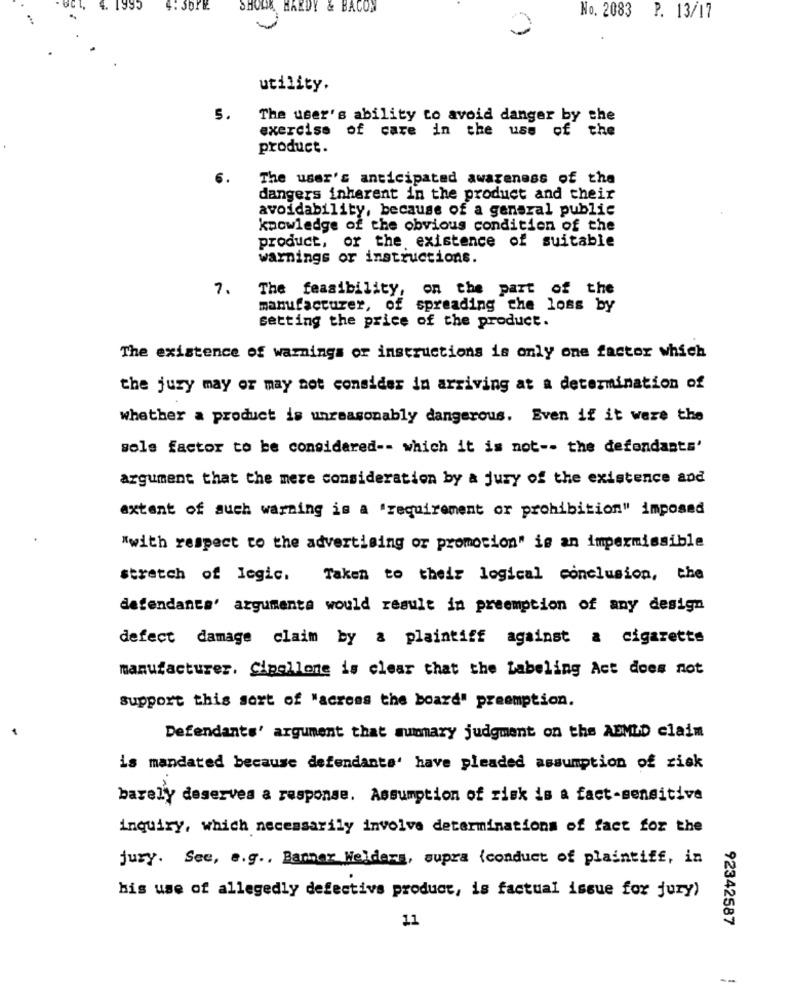
4.
SHOOK HARDY & BACON
No. 2083 P. 13/17
utility.
5.
The user's ability to avoid danger by the
exercise of care in the use of the
product.
6.
The user's anticipated awareness of the
dangers inherent in the product and their
avoidability, because of a general public
knowledge of the obvious condition of the
product, or the existence of suitable
warnings or instructions.
7.
The feasibility, on the part of the
manufacturer, of spreading the loss by
setting the price of the product.
The existence of warnings or instructions is only one factor which
the jury may or may not consider in arriving at a determination of
whether a product is unreasonably dangerous. Even if it were the
sols factor to be considered -- which it is not -- the defendants'
argument that the mere consideration by a jury of the existence and
extent of such warning is a 'requirement or prohibition" imposed
"with respect to the advertising or promotion" is an impermissible
stretch of legic. Taken to their logical conclusion, the
defendants' argumenta would result in preemption of any design
defect damage claim by a plaintiff against a cigarette
manufacturer. Cipollone is clear that the Labeling Act does not
Support this sort of "across the board" preemption.
Defendants' argument that summary judgment on the ABMLD claim
is mandated because defendants' have pleaded assumption of zisk
barely deserves a response. Assumption of risk is a fact-sensitive
inquiry, which necessarily involve determinations of fact for the
jury. See, e.g ., Bammer Welders, supra (conduct of plaintiff, in
his use of allegedly defective product, is factual issue for jury)
11
92342587
--